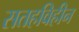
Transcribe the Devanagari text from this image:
सतहविहीन